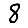
Digit: 8